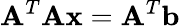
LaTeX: \mathbf{A}^{T}\mathbf{Ax}=\mathbf{A}^{T}\mathbf{b}